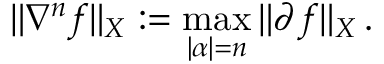
\| \nabla ^ { n } f \| _ { X } : = \operatorname* { m a x } _ { | { \boldsymbol { \alpha } } | = n } \| \partial ^ { \aa } f \| _ { X } \, .